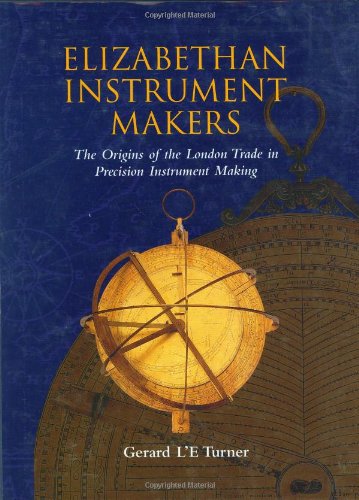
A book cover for Elizabethan Instrument Makers: The Origins of the London Trade in Precision Instrument Making; Gerard L'E. Turner; Science & Math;